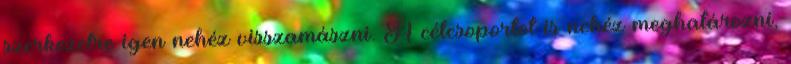
szerkezetre igen nehéz visszamászni. A célcsoportot is nehéz meghatározni,